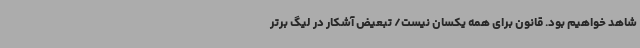
شاهد خواهیم بود. قانون برای همه یکسان نیست/ تبعیض آشکار در لیگ برتر